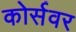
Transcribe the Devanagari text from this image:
कोर्सवर